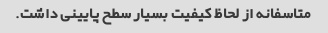
متاسفانه از لحاظ کیفیت بسیار سطح پایینی داشت.